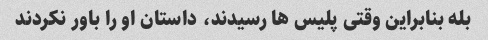
بله بنابراین وقتی پلیس ها رسیدند، داستان او را باور نکردند